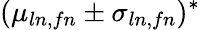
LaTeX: (\mu_{ln,fn}\pm\sigma_{ln,fn})^{*}